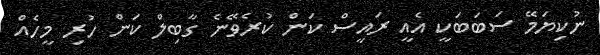
ނުކިޔަމޭ ސަބަބަކީ އެއީ ރައީސް ކަން ކުރެވޭނެ ގާބިލް ކަން ހުރި މީހެއް